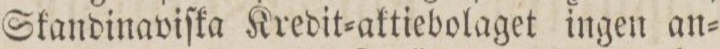
Skandinaviſka Kredit=aktiebolaget ingen an=